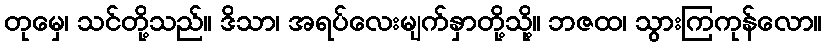
တုမှေ၊ သင်တို့သည်။ ဒိသာ၊ အရပ်လေးမျက်နှာတို့သို့။ ဘဇထ၊ သွားကြကုန်လော။